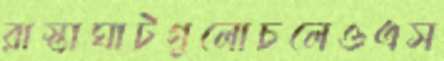
রাস্তাঘাটগুলোচলেওএস